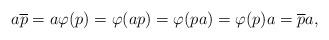
LaTeX: \begin{align*}a \overline{p} = a \varphi(p) = \varphi(ap) = \varphi(pa) = \varphi(p)a = \overline{p} a,\end{align*}